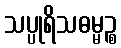
သပ္ပုရိသဓမ္မဉ္စ